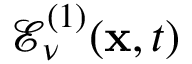
\mathcal { E } _ { \nu } ^ { ( 1 ) } ( \mathbf { x } , t )